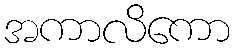
အကာလိကော